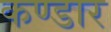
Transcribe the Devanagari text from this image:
कण्डार